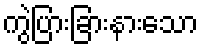
ကွဲပြားခြားနားသော